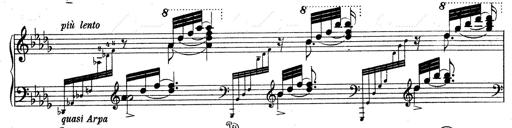
Title: 3 Ã‰tudes de concert
Composer: Franz Liszt